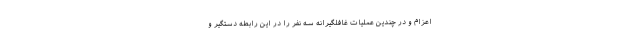
اعزام و در چندین عملیات غافلگیرانه سه نفر را در این رابطه دستگیر و